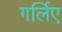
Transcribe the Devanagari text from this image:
गर्लिए